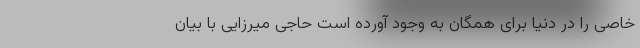
خاصی را در دنیا برای همگان به وجود آورده است حاجی میرزایی با بیان